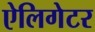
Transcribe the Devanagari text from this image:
ऐलिगेटर